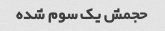
حجمش یک سوم شده